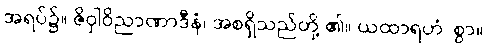
အရပ်၌။ ဇိဝှါဝိညာဏာဒီနံ၊ အစရှိသည်တို့ ၏။ ယထာရဟံ၊ စွာ။